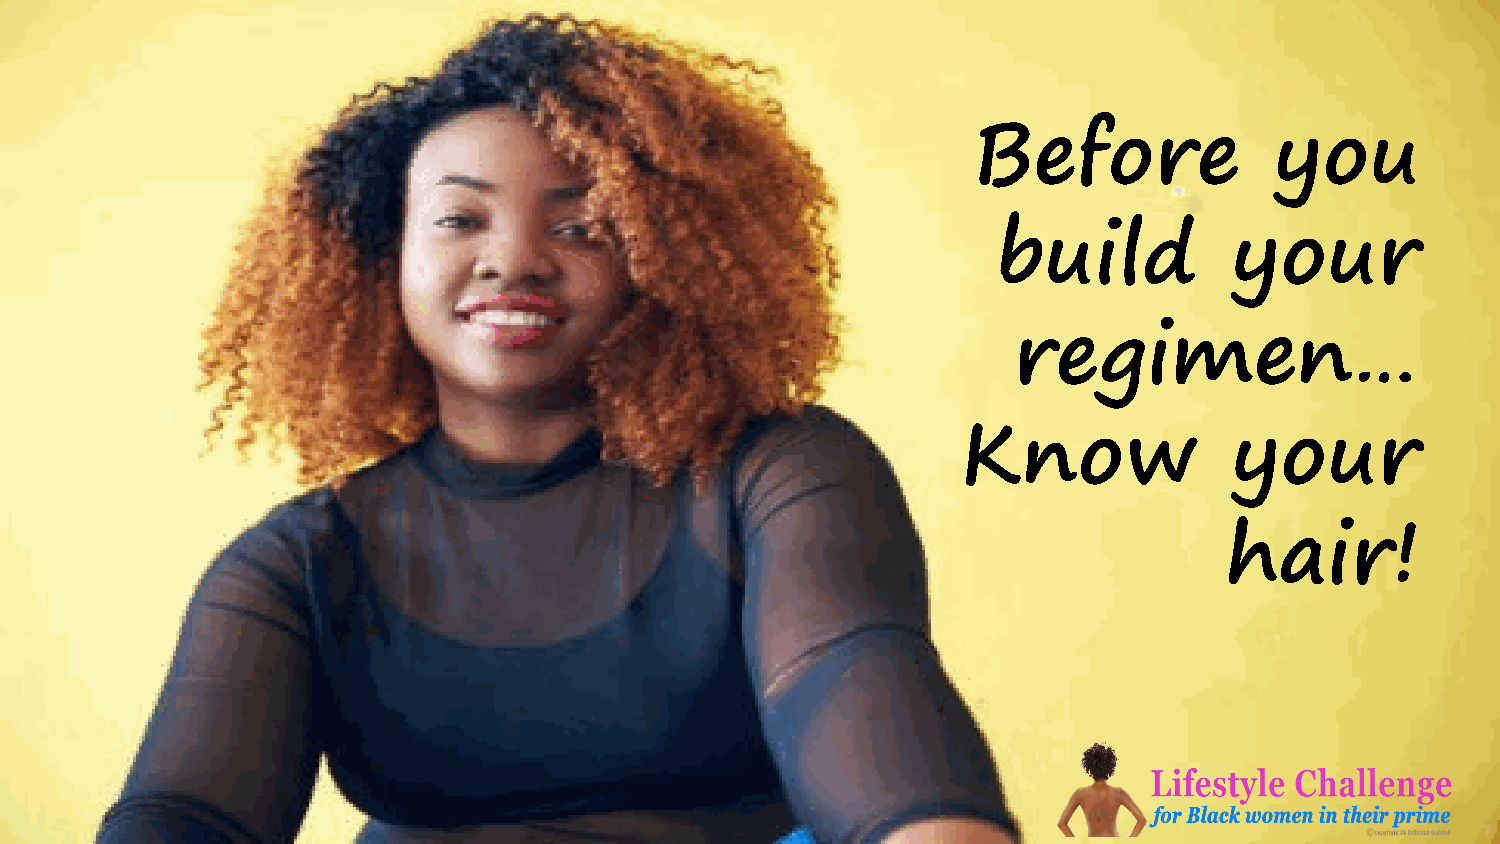
Before              you
 build           your
 regimen…
 Know              your
 hair!
 6